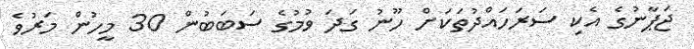
ޖަޕާނުގެ އެކި ސަރަހައްދުތަކަށް ހޫނު ގަދަ ވުމުގެ ސަބަބުން 30 މީހުން މަރުވެ